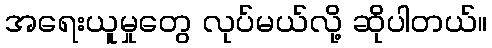
အရေးယူမှုတွေ လုပ်မယ်လို့ ဆိုပါတယ်။